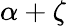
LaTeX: \alpha+\zeta